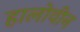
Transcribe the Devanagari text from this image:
हालोवीन